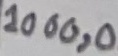
Text: 1000,0